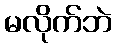
မလိုက်ဘဲ